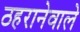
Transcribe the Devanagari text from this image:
ठहरानेवाले